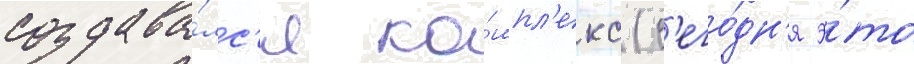
создава́лс'я ко́мпл'екс (с'его́дн'я э́то